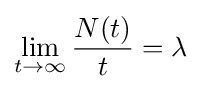
\lim _{t\rightarrow \infty }{\frac {N(t)}{t}}=\lambda